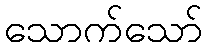
သောက်သော်